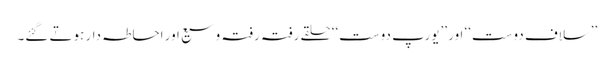
’’سلاف دوست‘‘ اور ’’یورپ دوست‘‘ حلقے رفتہ رفتہ وسیع اور احاطہ دار ہوتے گئے۔